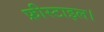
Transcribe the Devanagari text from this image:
फ्रीस्टाइल।